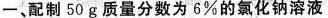
一、配制50g质量分数为6%的氯化钠溶液